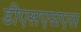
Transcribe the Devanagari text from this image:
डीएसएसएस